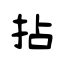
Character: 拈